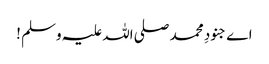
اے جنودِ محمد صلی اللہ علیہ وسلم !